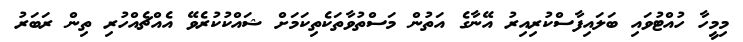
މިމީހާ ހުއްޓުވައި ބަލައިފާސްކުރިއިރު އޭނާގެ އަތުން މަސްތުވާތަކެތިކަމަށް ޝައްކުކުރެވޭ އެއްޗެއްހުރި ތިން ރަބަރު